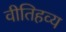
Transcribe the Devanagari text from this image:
वीतिहव्य